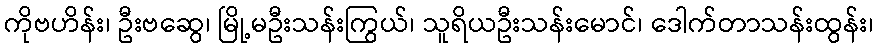
ကိုဗဟိန်း၊ ဦးဗဆွေ၊ မြို့မဦးသန်းကြွယ်၊ သူရိယဦးသန်းမောင်၊ ဒေါက်တာသန်းထွန်း၊